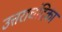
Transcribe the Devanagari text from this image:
उत्तराचंद्रिका